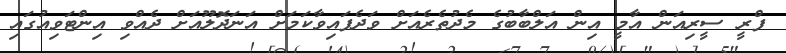
ފްރީ ސީރިއަން އާމީ އިން އަލްބާބުގެ މެދުތެރެއަށް ވަދެފައިވާކަމަށް އަނަދޮލޫއަށް ދެއްވި އިންޓަވިއުގައި